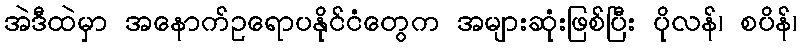
အဲဒီထဲမှာ အနောက်ဥရောပနိုင်ငံတွေက အများဆုံးဖြစ်ပြီး ပိုလန်၊ စပိန်၊